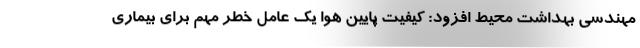
مهندسی بهداشت محیط افزود: کیفیت پایین هوا یک عامل خطر مهم برای بیماری